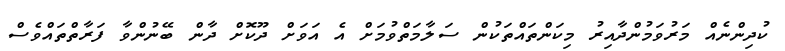
ކުދިންނެއް މަރުވަމުންދާއިރު މިކަންތައްތަކުން ސަލާމަތްވުމަށް އެ އަވަށް ދޫކޮށް ދާން ބޭނުންވާ ފަރާތްތައްވެސް